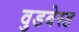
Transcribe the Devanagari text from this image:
वुडबेस्ड